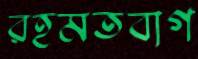
রহমতবাগ